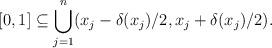
LaTeX: \begin{align*} [0, 1] \subseteq \bigcup_{j = 1}^n (x_j - \delta(x_j)/2, x_j + \delta(x_j)/2).\end{align*}